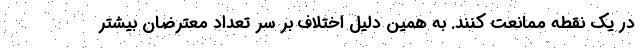
در یک نقطه ممانعت کنند. به همین دلیل اختلاف بر سر تعداد معترضان بیشتر